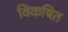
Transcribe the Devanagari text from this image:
विकषित